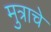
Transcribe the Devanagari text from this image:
मुत्राचे